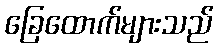
ခြေထောက်များသည်